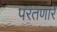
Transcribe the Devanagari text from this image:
परतणारे